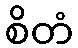
စိတံ